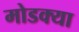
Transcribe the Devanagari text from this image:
मोडक्या